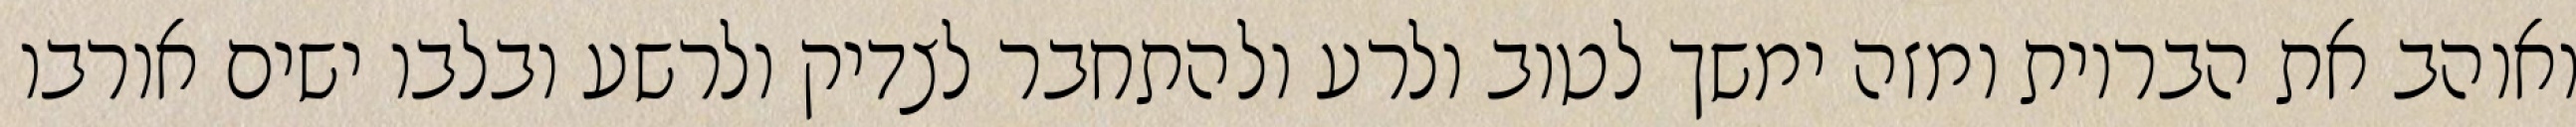
ואוהב את הבריות ומזה ימשך לטוב ולרע ולהתחבר לצדיק ולרשע ובלבו ישים אורבו